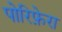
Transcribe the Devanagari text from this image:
पोरिफ़ेरा